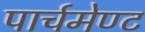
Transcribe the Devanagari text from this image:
पार्चमेण्ट